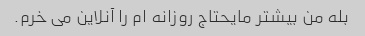
بله من بیشتر مایحتاج روزانه ام را آنلاین می خرم.